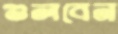
গুলবেন